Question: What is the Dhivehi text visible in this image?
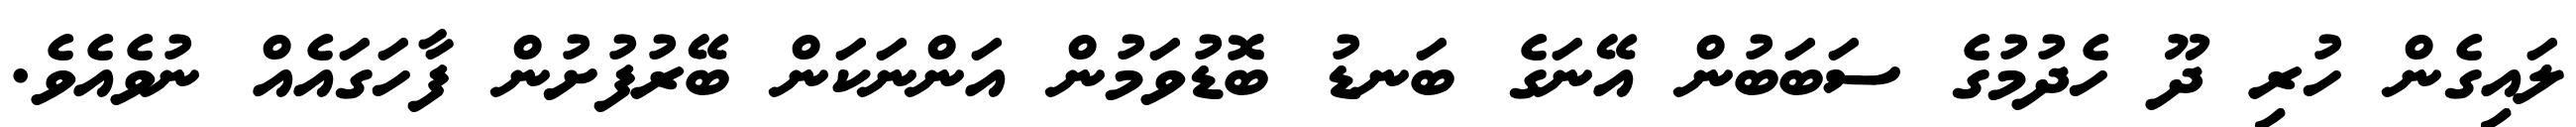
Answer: ލައިގެން ހުރި ދޫ ހެދުމުގެ ސަބަބުން އޭނަގެ ބަނޑު ބޮޑުވަމުން އަންނަކަން ބޭރުފުށުން ފާހަގައެއް ނުވެއެވެ.